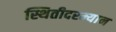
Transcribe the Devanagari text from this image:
स्थितीदरम्यान